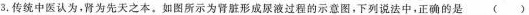
3.传统中医认为，肾为先天之本。如图所示为肾脏形成尿液过程的示意图，下列说法中，正确的是( )